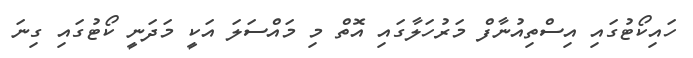
ހައިކޯޓުގައި އިސްތިއުނާފް މަރުހަލާގައި އޮތް މި މައްސަލަ އަކީ މަދަނީ ކޯޓުގައި ގިނަ